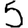
Digit: 5